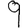
Digit: 9